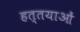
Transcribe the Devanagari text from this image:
हत्तयाओं